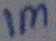
Text: 1M